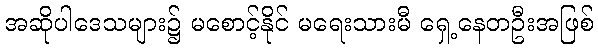
အဆိုပါဒေသများ၌ မစောင့်နိုင် မရေးသားမီ ရှေ့နေတဦးအဖြစ်